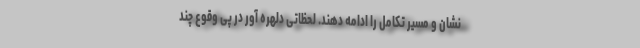
نشان و مسیر تکامل را ادامه دهند. لحظاتی دلهره آور در پی وقوع چند